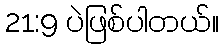
21:9 ပဲဖြစ်ပါတယ်။